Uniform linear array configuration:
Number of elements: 48
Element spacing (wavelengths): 0.75
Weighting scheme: binomial
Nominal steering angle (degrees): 60
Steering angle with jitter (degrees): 59.169
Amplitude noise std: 0.05
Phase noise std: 0.05

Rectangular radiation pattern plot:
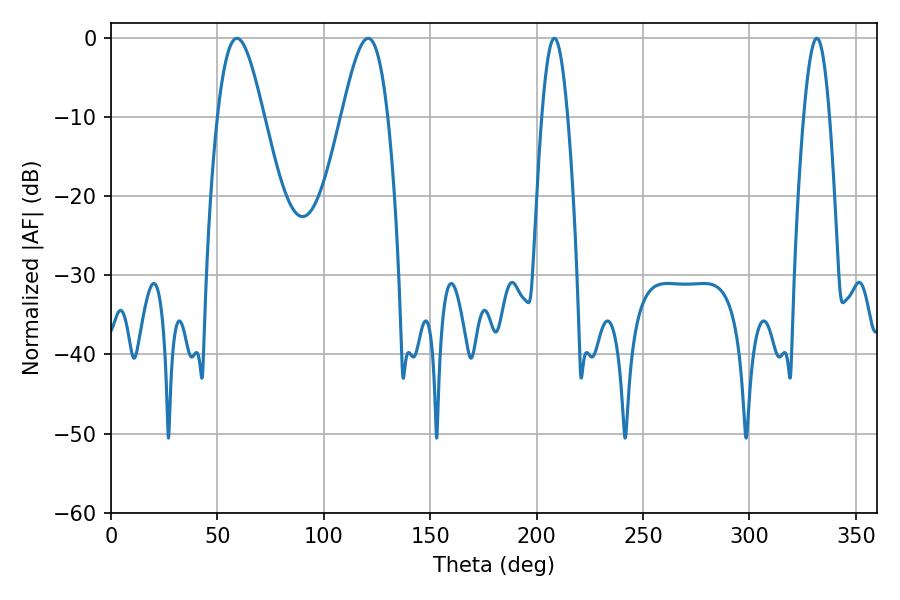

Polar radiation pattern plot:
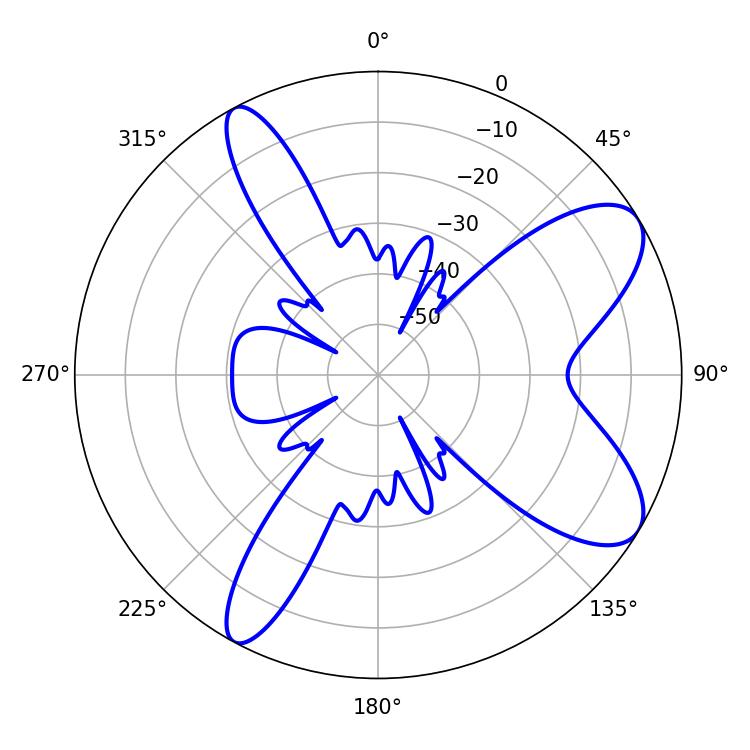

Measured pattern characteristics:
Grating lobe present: TRUE
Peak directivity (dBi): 8.707
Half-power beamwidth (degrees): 11.52
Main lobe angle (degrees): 120.78